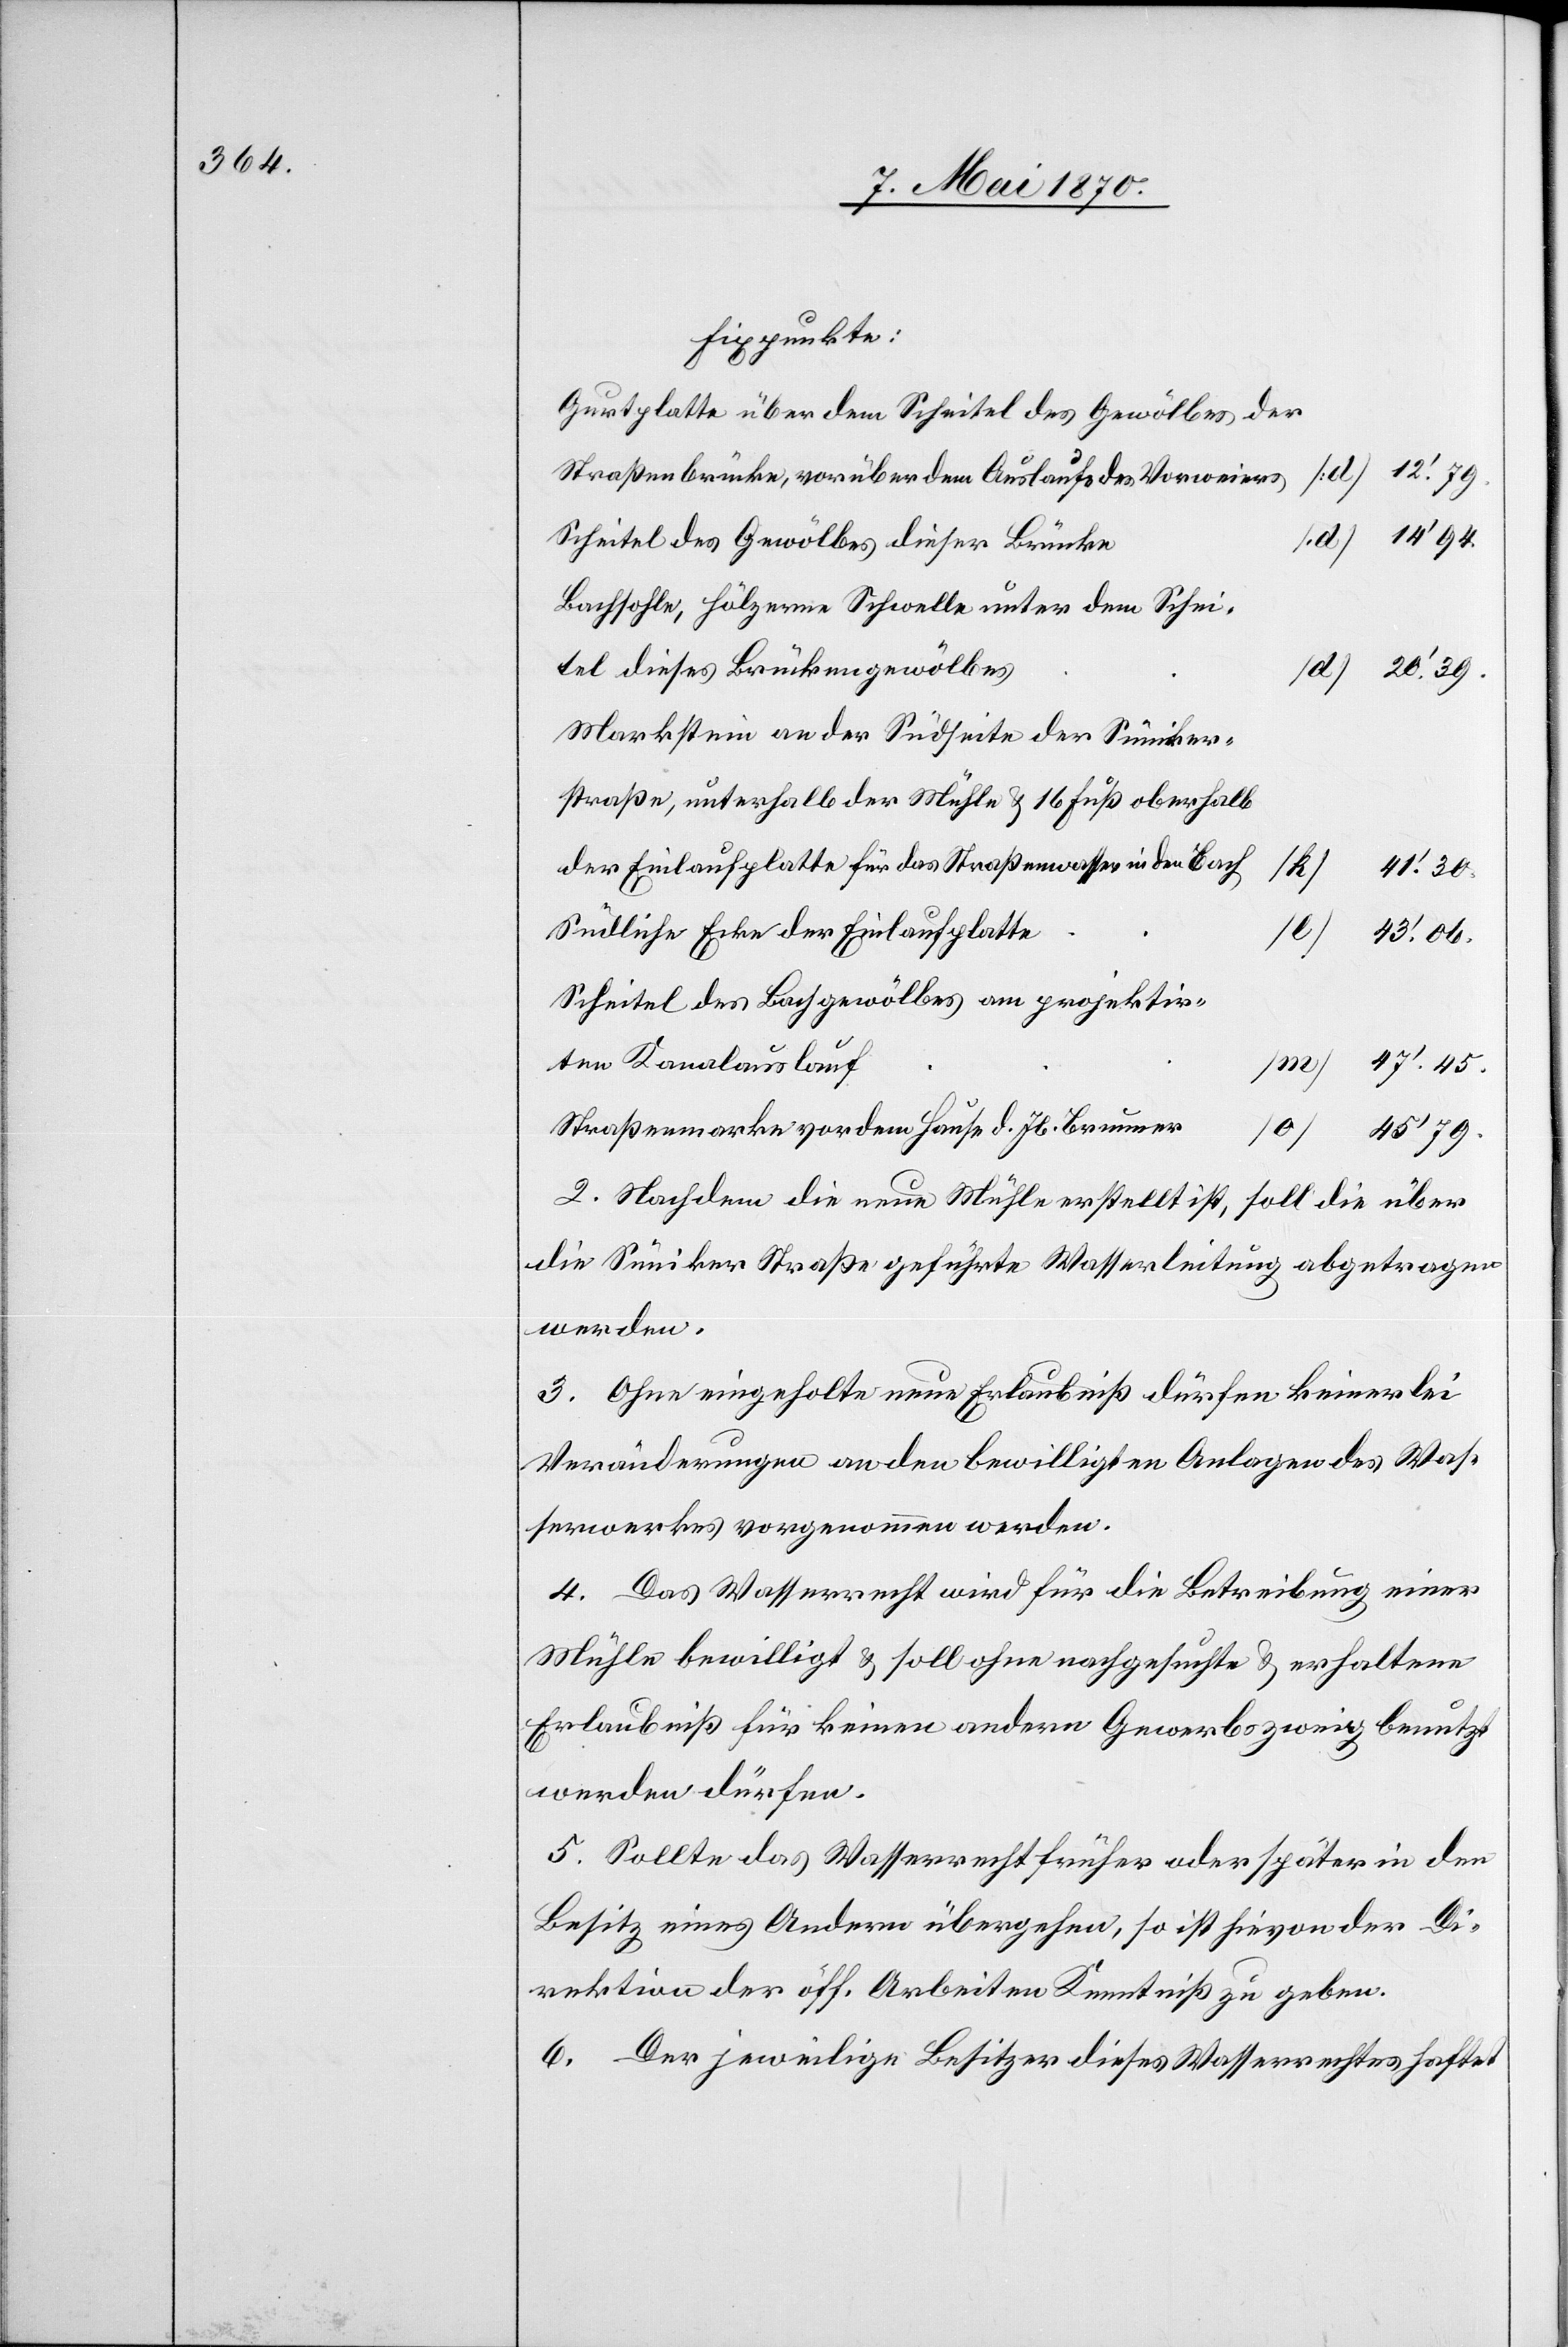
Fixpunkte:
Gurtplatte über dem Scheitel des Gewölbes der
Straßenbrücke, vorüber dem Auslaufe des Vorweiers
14’94.
Scheitel des Gewölbes dieser Brücke
Bachsohle, hölzerne Schwelle unter dem Schei¬
tel dieses Brückengewölbes
20‘.39.
Markstein an der Südseite der Süniker¬
straße, unterhalb der Mühle & 16 Fuß oberhalb
der Einlaufplatte für das Straßenwasser in den Bach
41‘.30.
Südliche Ecke der Einlaufplatte
[l]
43‘.06.
Scheitel des Bachgewölbes am projektir¬
ten Kanalauslauf
47‘.45.
Straßenmarke vor dem Hause d. Jb. Brunner
[o]
45’79.
2. Nachdem die neue Mühle erstellt ist, soll die über
die Süniker Straße geführte Wasserleitung abgetragen
werden.
3. Ohne eingeholte neue Erlaubniß dürfen keinerlei
Veränderungen an den bewilligten Anlagen des Was¬
serwerkes vorgenommen werden.
4. Das Wasserrecht wird für die Betreibung einer
Mühle bewilligt & soll ohne nachgesuchte & erhaltene
Erlaubniß für keinen andern Gewerbszweig benutzt
werden dürfen.
5. Sollte das Wasserrecht früher oder später in den
Besitz eines Andern übergehen, so ist hievon der Di¬
rektion der öff. Arbeiten Kenntniß zu geben.
6. Der jeweilige Besitzer dieses Wasserrechtes haftet